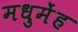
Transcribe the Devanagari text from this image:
मधुमेंह